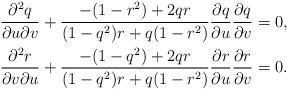
LaTeX: \begin{align*} \frac{\partial^2q}{\partial u\partial v}+\frac{-(1-r^2)+2qr}{(1-q^2)r+q(1-r^2)}\frac{\partial q}{\partial u}\frac{\partial q}{\partial v}&=0,\\ \frac{\partial^2 r}{\partial v\partial u}+\frac{-(1-q^2)+2qr}{(1-q^2)r+q(1-r^2)}\frac{\partial r}{\partial u}\frac{\partial r}{\partial v}&=0. \end{align*}